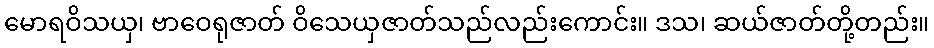
မောရဝိသယှ၊ ဗာဝေရုဇာတ် ဝိသေယှဇာတ်သည်လည်းကောင်း။ ဒသ၊ ဆယ်ဇာတ်တို့တည်း။